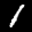
Label: 1